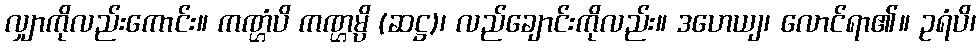
လျှာကိုလည်းကောင်း။ ကဏ္ဌံပိ ကဏ္ဌမ္ပိ (ဆဋ္ဌ)၊ လည်ချောင်းကိုလည်း။ ဒဟေယျ၊ လောင်ရာ၏။ ဥရံပိ၊